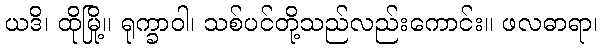
ယဒိ၊ ထိုမြို့။ ရုက္ခာဝါ၊ သစ်ပင်တို့သည်လည်းကောင်း။ ဖလဓာရာ၊